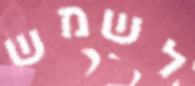
לשמש